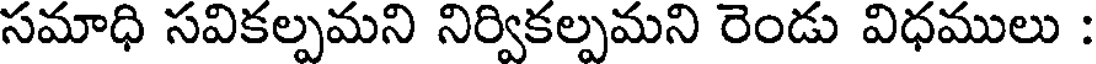
సమాధి సవికల్పమని నిర్వికల్పమని రెండు విధములు :